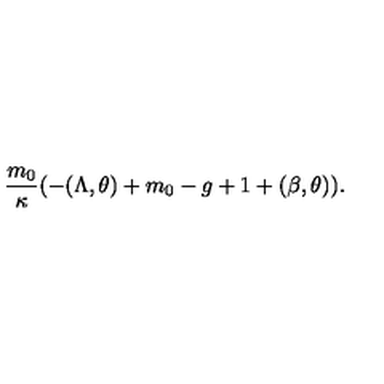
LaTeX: \frac { m _ { 0 } } { \kappa } ( - ( \Lambda , \theta ) + m _ { 0 } - g + 1 + ( \beta , \theta ) ) .